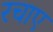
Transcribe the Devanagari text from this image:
रचाए